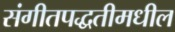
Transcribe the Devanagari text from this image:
संगीतपद्धतीमधील